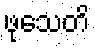
ဖုသေတိ